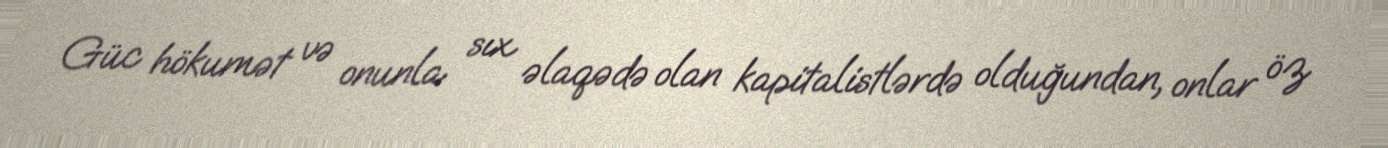
Güc hökumət və onunla sıx əlaqədə olan kapitalistlərdə olduğundan, onlar öz